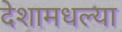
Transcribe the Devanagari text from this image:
देशामधल्या